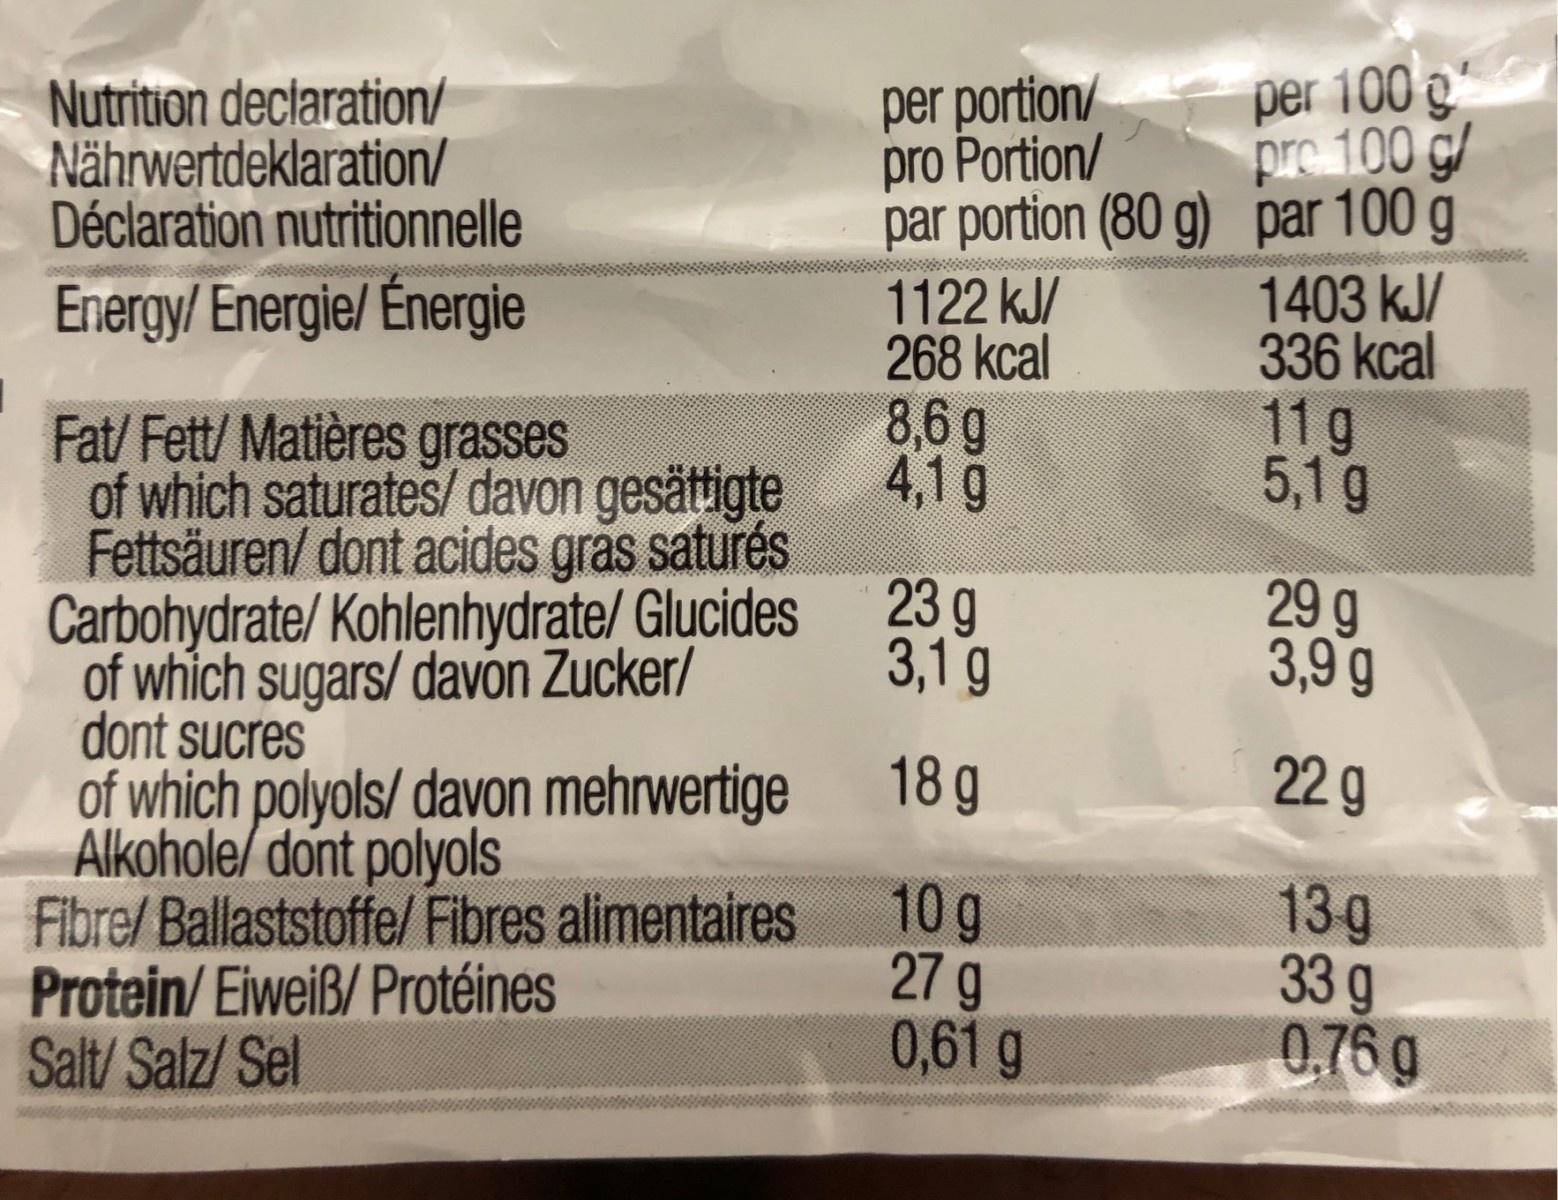
per 100 g pre 100 g/ par portion (80 g) par 100 1403 kJ/ 336 kcal 11g 5,1 g Nutrition declaration/ Nährwertdeklaration/ Déclaration nutritionnelle per portion/ pro Portion/ 1122 kJ/ 268 kcal 8,6 g 4,1g Energy/ Energie/ Énergie Fat/ Fett/ Matières grasses of which saturates/davon gesättigte Fettsäuren/ dont acides gras saturés Carbohydrate/ Kohlenhydrate/ Glucides 23 g 3,1g 29 g 3,9 g of which sugars/ davón Zucker/ dont sucres of which polyols/ davon mehrwertige Alkohole/ dont polyols 18 g 22 g 10g 27 g 0,61 g 13g 33g 0.76 g Fibre/Ballaststoffe/ Fibres alimentaires Protein/Eiweiß/ Protéines Salt/ Salz/ Sel